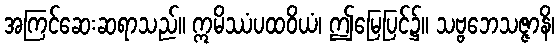
အကြင်ဆေးဆရာသည်။ ဣမိဿံပထဝိယံ၊ ဤမြေပြင်၌။ သဗ္ဗဘေသဇ္ဇာနိ၊